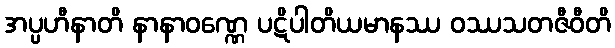
အပ္ပဟီနာတိ နာနာဝဏ္ဏေ ပဋိပါတိယမာနဿ ဝဿသတဇီဝီတိ